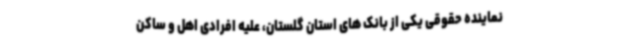
نماینده حقوقی یکی از بانک های استان گلستان، علیه افرادی اهل و ساکن